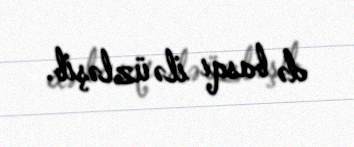
də basqı ilə üzləşib.